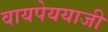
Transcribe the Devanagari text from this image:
वायपेययाजी